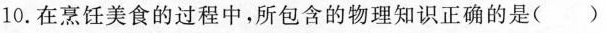
10.在烹饪美食的过程中，所包含的物理知识正确的是（）